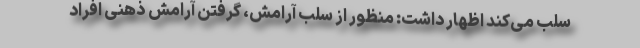
سلب می‌کند اظهار داشت: منظور از سلب آرامش، گرفتن آرامش ذهنی افراد